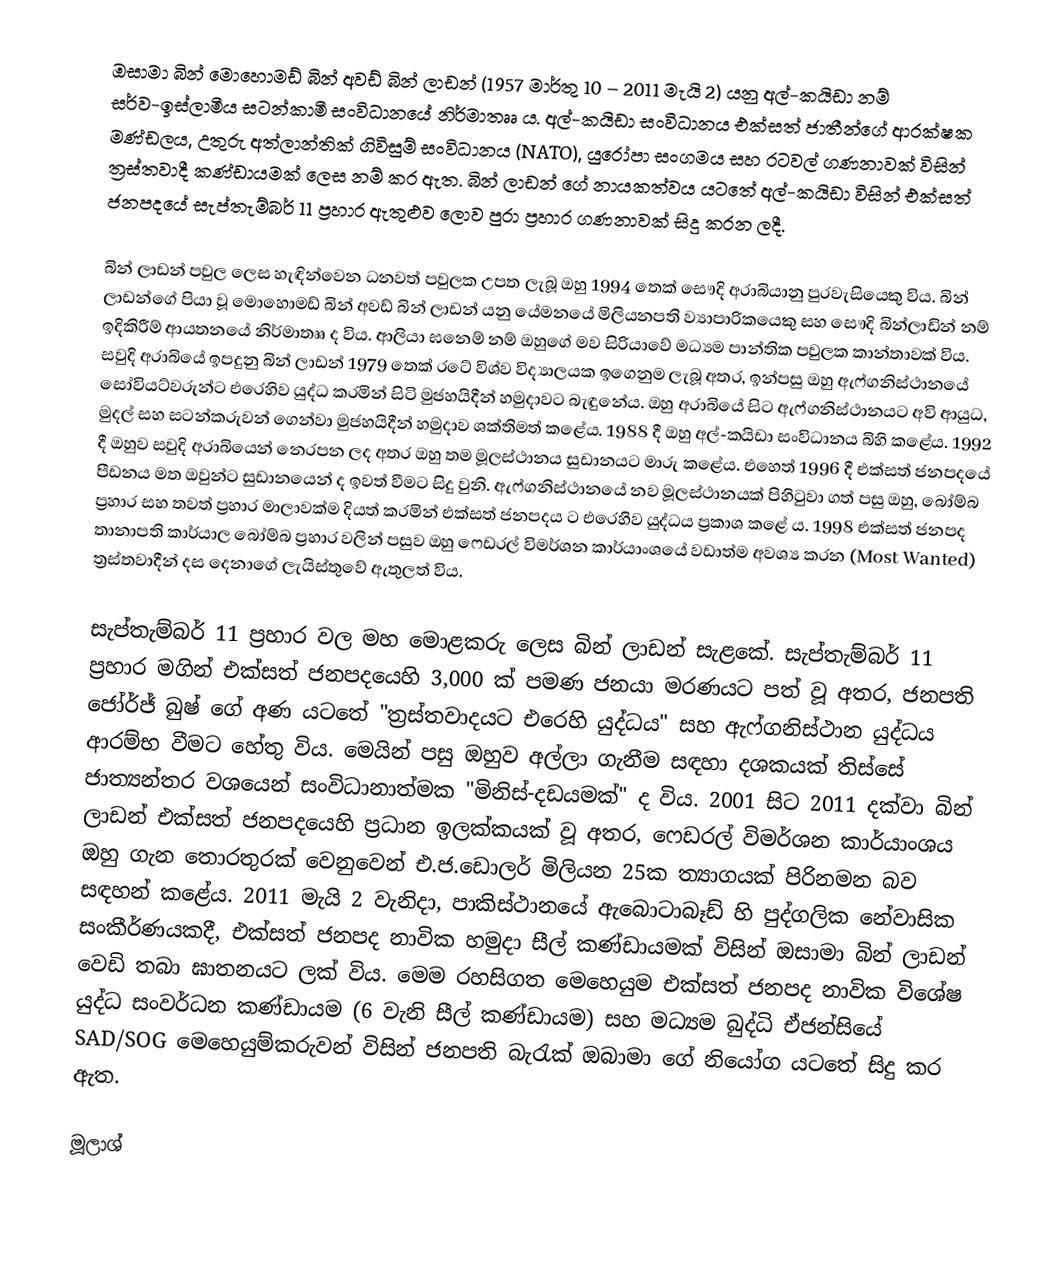
ඔසාමා බින් මොහොමඩ් බින් අවඩ් බින් ලාඩන් (1957 මාර්තු 10 – 2011 මැයි 2) යනු අල්-කයිඩා නම් සර්ව-ඉස්ලාමීය සටන්කාමී සංවිධානයේ නිර්මාතෲ ය. අල්-කයිඩා සංවිධානය එක්සත් ජාතීන්ගේ ආරක්ෂක මණ්ඩලය, උතුරු අත්ලාන්තික් ගිවිසුම් සංවිධානය (NATO), යුරෝපා සංගමය සහ රටවල් ගණනාවක් විසින් ත්‍රස්තවාදී කණ්ඩායමක් ලෙස නම් කර ඇත. බින් ලාඩන් ගේ නායකත්වය යටතේ අල්-කයිඩා විසින් එක්සත් ජනපදයේ සැප්තැම්බර් 11 ප්‍රහාර ඇතුළුව ලොව පුරා ප්‍රහාර ගණනාවක් සිදු කරන ලදී.

බින් ලාඩන් පවුල ලෙස හැඳින්වෙන ධනවත් පවුලක උපත ලැබූ ඔහු 1994 තෙක් සෞදි අරාබියානු පුරවැසියෙකු විය. බින් ලාඩන්ගේ පියා වූ මොහොමඩ් බින් අවඩ් බින් ලාඩන් යනු යේමනයේ මිලියනපති ව්‍යාපාරිකයෙකු සහ සෞදි බින්ලාඩින් නම් ඉදිකිරීම් ආයතනයේ නිර්මාතෲ ද විය. ආලියා ඝනෙම් නම් ඔහුගේ මව සිරියාවේ මධ්‍යම පාන්තික පවුලක කාන්තාවක් විය. සවුදි අරාබියේ ඉපදුනු බින් ලාඩන් 1979 තෙක් රටේ විශ්ව විද්‍යාලයක ඉගෙනුම ලැබූ අතර, ඉන්පසු ඔහු ඇෆ්ගනිස්ථානයේ සෝවියට්වරුන්ට එරෙහිව යුද්ධ කරමින් සිටි මුජහයිදීන් හමුදාවට බැඳුනේය. ඔහු අරාබියේ සිට ඇෆ්ගනිස්ථානයට අවි ආයුධ, මුදල් සහ සටන්කරුවන් ගෙන්වා මුජහයිදීන් හමුදාව ශක්තිමත් කළේය. 1988 දී ඔහු අල්-කයිඩා සංවිධානය බිහි කළේය. 1992 දී ඔහුව සවුදි අරාබියෙන් නෙරපන ලද අතර ඔහු තම මූලස්ථානය සුඩානයට මාරු කළේය. එහෙත් 1996 දී එක්සත් ජනපදයේ පීඩනය මත ඔවුන්ට සුඩානයෙන් ද ඉවත් වීමට සිදු වුනි. ඇෆ්ගනිස්ථානයේ නව මූලස්ථානයක් පිහිටුවා ගත් පසු ඔහු, බෝම්බ ප්‍රහාර සහ තවත් ප්‍රහාර මාලාවක්ම දියත් කරමින් එක්සත් ජනපදය ට එරෙහිව යුද්ධය ප්‍රකාශ කළේ ය. 1998 එක්සත් ජනපද තානාපති කාර්යාල බෝම්බ ප්‍රහාර වලින් පසුව ඔහු ෆෙඩරල් විමර්ශන කාර්යාංශයේ වඩාත්ම අවශ්‍ය කරන (Most Wanted) ත්‍රස්තවාදීන් දස දෙනාගේ ලැයිස්තුවේ ඇතුලත් විය.

සැප්තැම්බර් 11 ප්‍රහාර වල මහ මොළකරු ලෙස බින් ලාඩන් සැළකේ. සැප්තැම්බර් 11 ප්‍රහාර මගින් එක්සත් ජනපදයෙහි 3,000 ක් පමණ ජනයා මරණයට පත් වූ අතර, ජනපති ජෝර්ජ් බුෂ් ගේ අණ යටතේ "ත්‍රස්තවාදයට එරෙහි යුද්ධය" සහ ඇෆ්ගනිස්ථාන යුද්ධය ආරම්භ වීමට හේතු විය. මෙයින් පසු ඔහුව අල්ලා ගැනීම සඳහා දශකයක් තිස්සේ ජාත්‍යන්තර වශයෙන් සංවිධානාත්මක "මිනිස්-දඩයමක්" ද විය. 2001 සිට 2011 දක්වා බින් ලාඩන් එක්සත් ජනපදයෙහි ප්‍රධාන ඉලක්කයක් වූ අතර, ෆෙඩරල් විමර්ශන කාර්යාංශය ඔහු ගැන තොරතුරක් වෙනුවෙන් එ.ජ.ඩොලර් මිලියන 25ක ත්‍යාගයක් පිරිනමන බව සඳහන් කළේය. 2011 මැයි 2 වැනිදා, පාකිස්ථානයේ ඇබොටාබෑඩ් හි පුද්ගලික නේවාසික සංකීර්ණයකදී, එක්සත් ජනපද නාවික හමුදා සීල් කණ්ඩායමක් විසින් ඔසාමා බින් ලාඩන් වෙඩි තබා ඝාතනයට ලක් විය. මෙම රහසිගත මෙහෙයුම එක්සත් ජනපද නාවික විශේෂ යුද්ධ සංවර්ධන කණ්ඩායම (6 වැනි සීල් කණ්ඩායම) සහ මධ්‍යම බුද්ධි ඒජන්සියේ SAD/SOG මෙහෙයුම්කරුවන් විසින් ජනපති බැරැක් ඔබාමා ගේ නියෝග යටතේ සිදු කර ඇත.

මූලාශ්‍